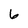
Character: 6